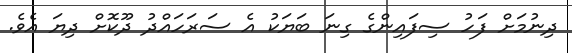
ދިނުމަށް ފަހު ސިފައިންގެ ގިނަ ބަޔަކު އެ ސަރަހައްދު ދޫކޮށް ދިޔަ އެވެ.